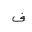
Letter: _fa